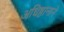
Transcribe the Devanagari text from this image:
अधिष्ठानाने